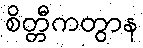
စိတ္တီကတွာန